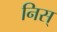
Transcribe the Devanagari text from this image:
निस्‌